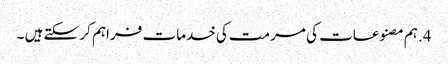
4.ہم مصنوعات کی مرمت کی خدمات فراہم کر سکتے ہیں ۔